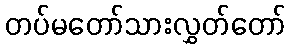
တပ်မတော်သားလွှတ်တော်